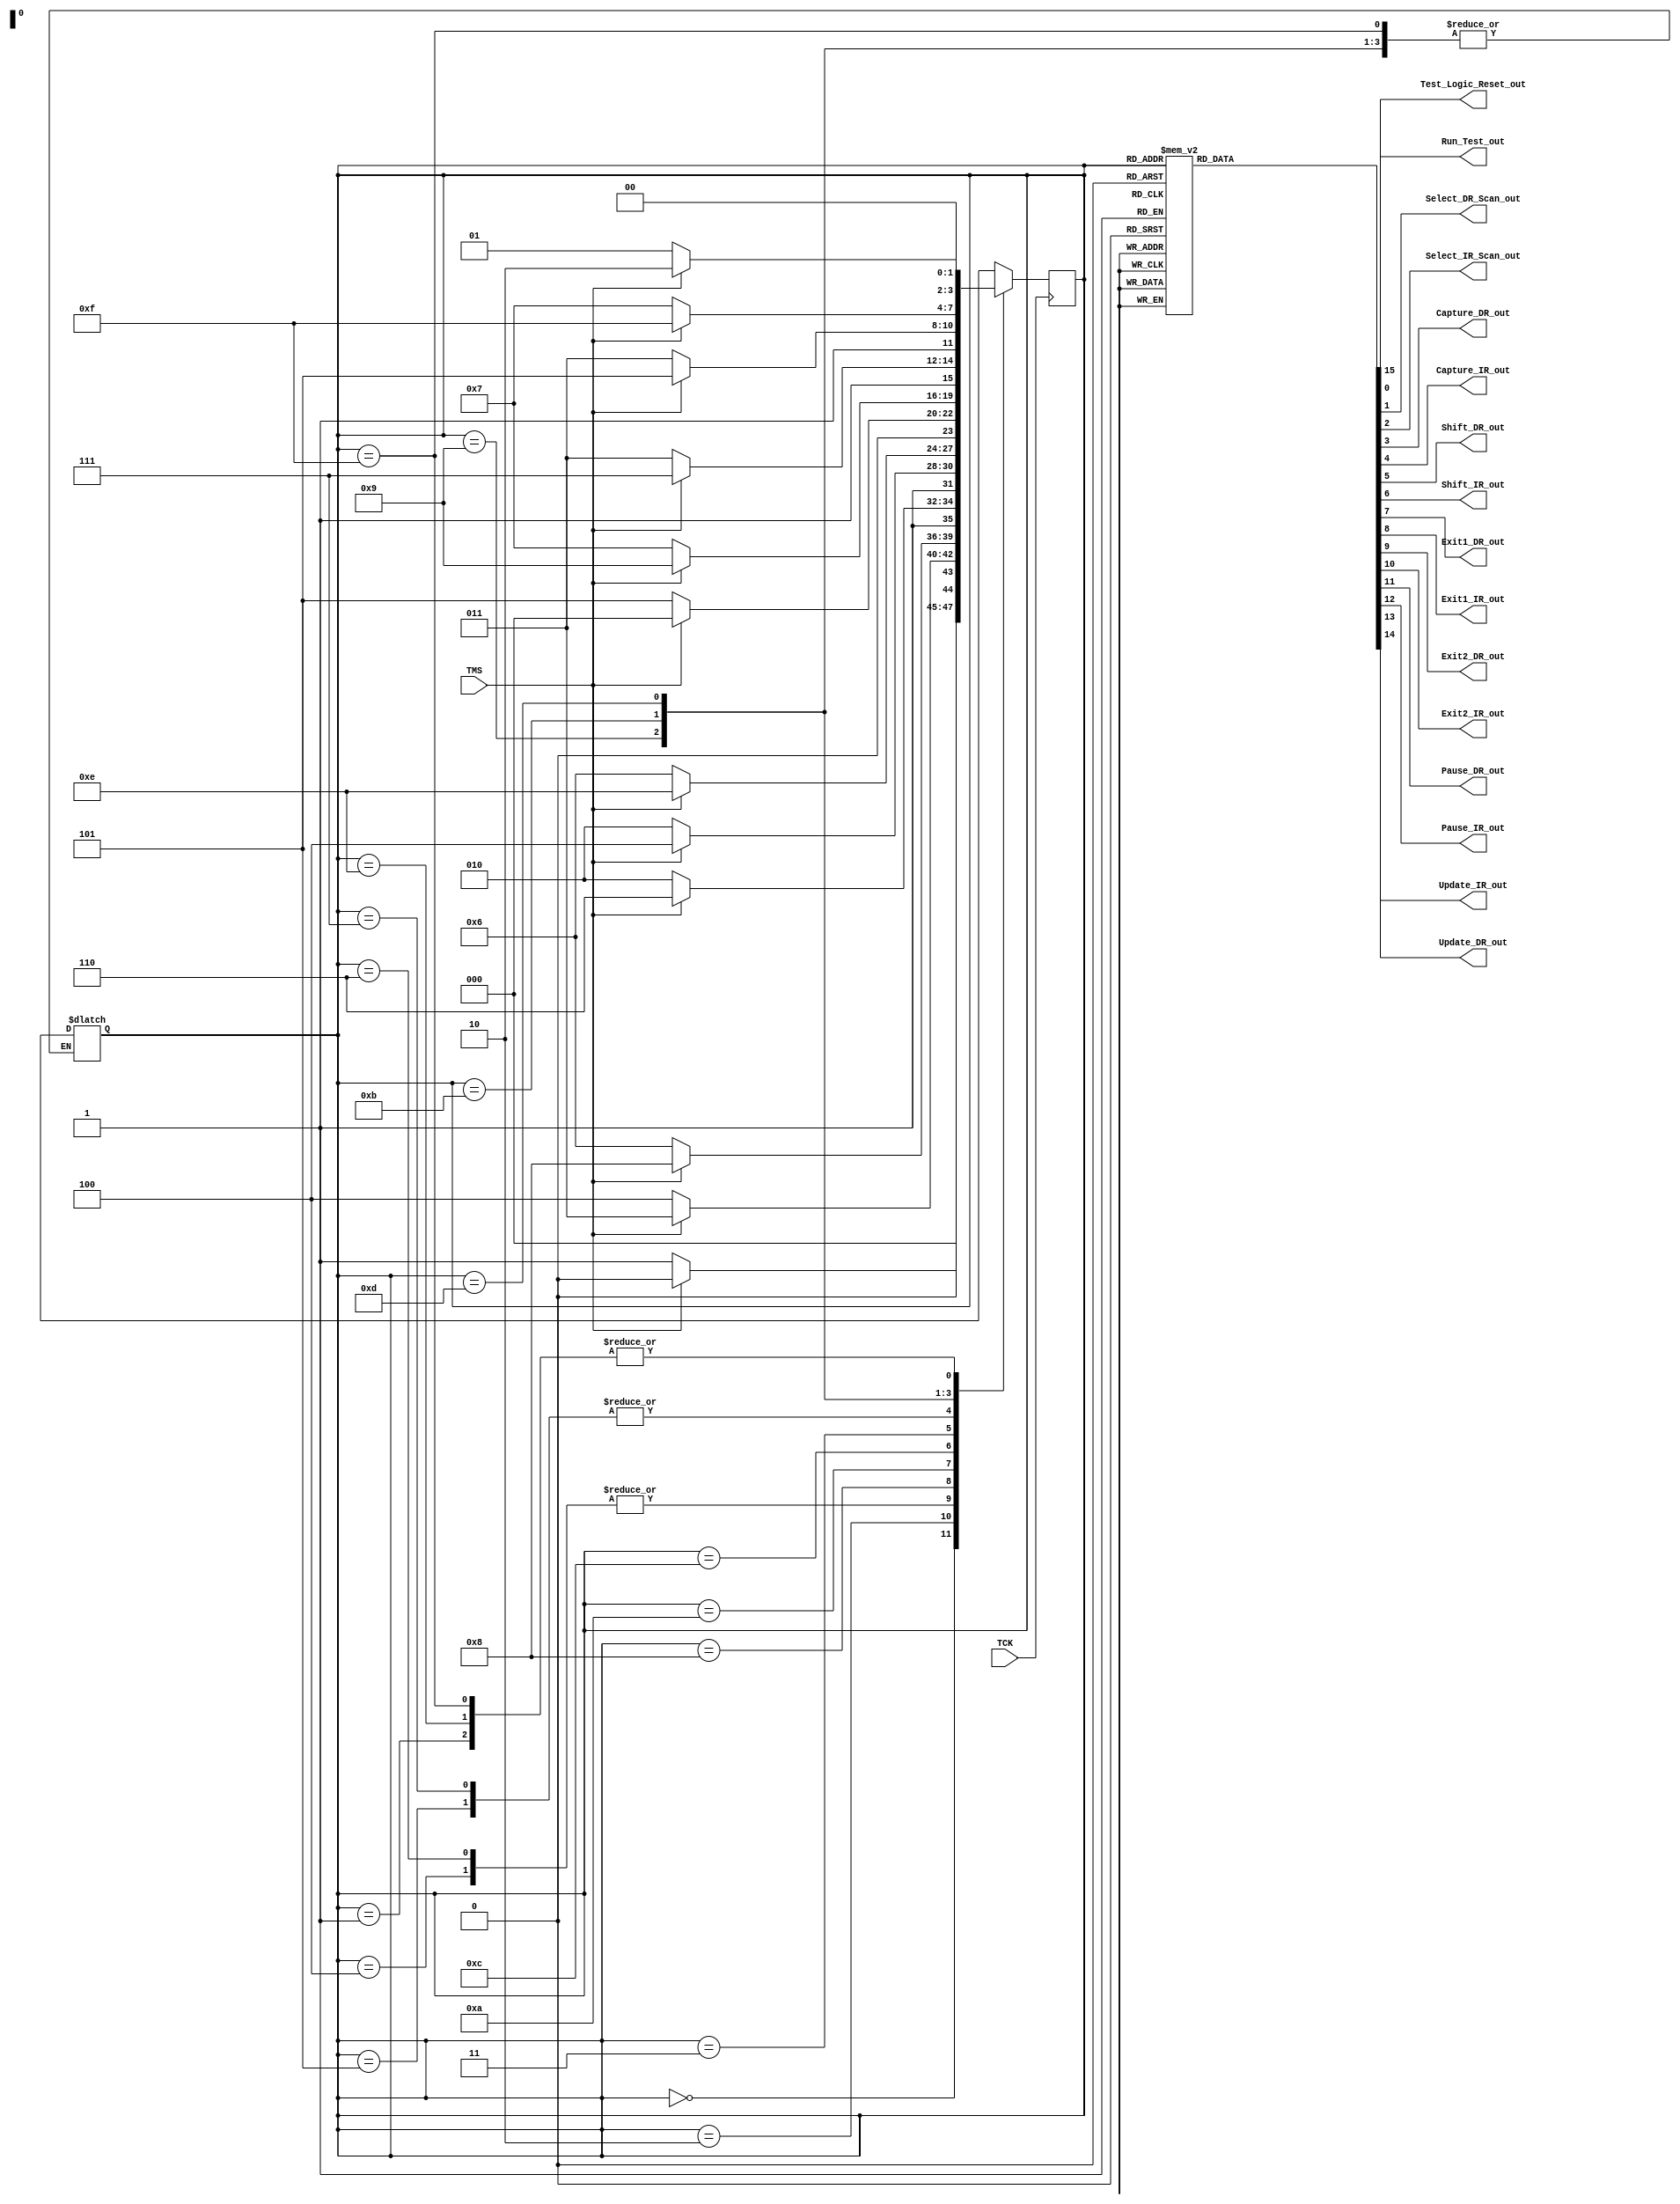
`timescale 1ns / 1ps
//////////////////////////////////////////////////////////////////////////////////
// Company: 
// Engineer: 
// 
// Design Name: 
// Module Name: TAP_FSM
// Project Name: 
// Target Devices: 
// Tool Versions: 
// Description: 
// 
// Dependencies: 
// 
// Revision:
// Revision 0.01 - File Created
// Additional Comments:
// 
//////////////////////////////////////////////////////////////////////////////////


module TAP_FSM(
                input TCK , TMS,
                output reg
                    Test_Logic_Reset_out,          //1
                       Run_Test_out,                  //2
                       Select_DR_Scan_out,            //3
                       Select_IR_Scan_out,            //4
                       Capture_DR_out,                //5
                       Capture_IR_out,                 //6
                       Shift_DR_out,                  //7
                       Shift_IR_out,                   //8
                       Exit1_DR_out,                  //9
                       Exit1_IR_out,                  //10
                       Exit2_DR_out,                 //11
                       Exit2_IR_out,                 //12
                       Pause_DR_out,                 //13
                       Pause_IR_out,                 //14                //9
                       Update_DR_out,                //15
                       Update_IR_out                //16
                       );   
                       
 localparam Test_Logic_Reset = 4'b0000,
            Run_Test =4'b0001,
            Select_DR_Scan =4'b0010,
            Select_IR_Scan =4'b0011,
            Capture_DR=4'b0100,
            Capture_IR=4'b0101,
            Shift_DR=4'b0110,
            Shift_IR=4'b0111,
            Exit1_DR=4'b1000,
            Exit1_IR=4'b1001,
            Pause_DR=4'b1010,
            Pause_IR=4'b1011,
            Exit2_DR=4'b1100,
            Exit2_IR=4'b1101,
            Update_DR=4'b1110,
            Update_IR=4'b1111;
            
reg [3:0] c_state,n_state;

 always @(posedge TCK)
    begin
        c_state = n_state;
    end

  always @(TMS,c_state)
begin
	case(c_state)
		Test_Logic_Reset: n_state= TMS? Test_Logic_Reset: Run_Test;
		Run_Test: n_state= TMS? Select_DR_Scan: Run_Test;
		Select_DR_Scan: n_state= TMS? Select_IR_Scan: Capture_DR;
		Capture_DR: n_state= TMS? Exit1_DR: Shift_DR;
		Shift_DR: n_state= TMS? Exit1_DR: Shift_DR;
		Exit1_DR: n_state= TMS? Update_DR: Pause_DR;
		Pause_DR: n_state= TMS? Exit2_DR : Pause_DR;
		Exit2_DR: n_state= TMS? Update_DR : Shift_DR;
		Update_DR: n_state= TMS? Select_DR_Scan : Run_Test;
		Select_IR_Scan: n_state= TMS? Test_Logic_Reset: Capture_IR;
		Capture_IR: n_state= TMS? Exit1_IR: Shift_IR;
		Shift_IR: n_state= TMS? Exit1_IR: Shift_IR;
		Exit1_IR: n_state= TMS? Update_IR: Pause_IR;
		Pause_IR: n_state= TMS? Exit2_IR : Pause_IR;
		Exit2_IR: n_state= TMS? Update_IR : Shift_IR;
		Update_IR: n_state= TMS? Select_DR_Scan : Run_Test;
		default : c_state= Test_Logic_Reset;
	endcase
end

always@ (c_state)
begin
	Test_Logic_Reset_out=0;
	Run_Test_out=0;
	Select_DR_Scan_out=0;
	Capture_DR_out=0;
	Shift_DR_out=0;
	Exit1_DR_out=0;
	Pause_DR_out=0;
	Exit2_DR_out=0;
	Update_DR_out=0;
	Select_IR_Scan_out=0;
	Capture_IR_out=0;
	Shift_IR_out=0;
	Exit1_IR_out=0;
	Pause_IR_out=0;
	Exit2_IR_out=0;
	Update_IR_out=0;

	case(c_state)
		Test_Logic_Reset: Test_Logic_Reset_out=1'b1;
		Run_Test: Run_Test_out=1'b1;
		Select_DR_Scan: Select_DR_Scan_out=1'b1;
		Capture_DR: Capture_DR_out=1'b1;
		Shift_DR: Shift_DR_out=1'b1;
		Exit1_DR: Exit1_DR_out=1'b1;
		Pause_DR: Pause_DR_out=1'b1;
		Exit2_DR: Exit2_DR_out=1'b1;
		Update_DR: Update_DR_out=1'b1;
		Select_IR_Scan: Select_IR_Scan_out=1'b1;
		Capture_IR: Capture_IR_out=1'b1;
		Shift_IR: Shift_IR_out=1'b1;
		Exit1_IR: Exit1_IR_out=1'b1;
		Pause_IR: Pause_IR_out=1'b1;
		Exit2_IR: Exit2_IR_out=1'b1;
		Update_IR: Update_IR_out=1'b1;
	endcase
end
endmodule